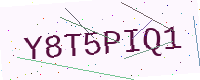
Text: Y8T5PIQ1